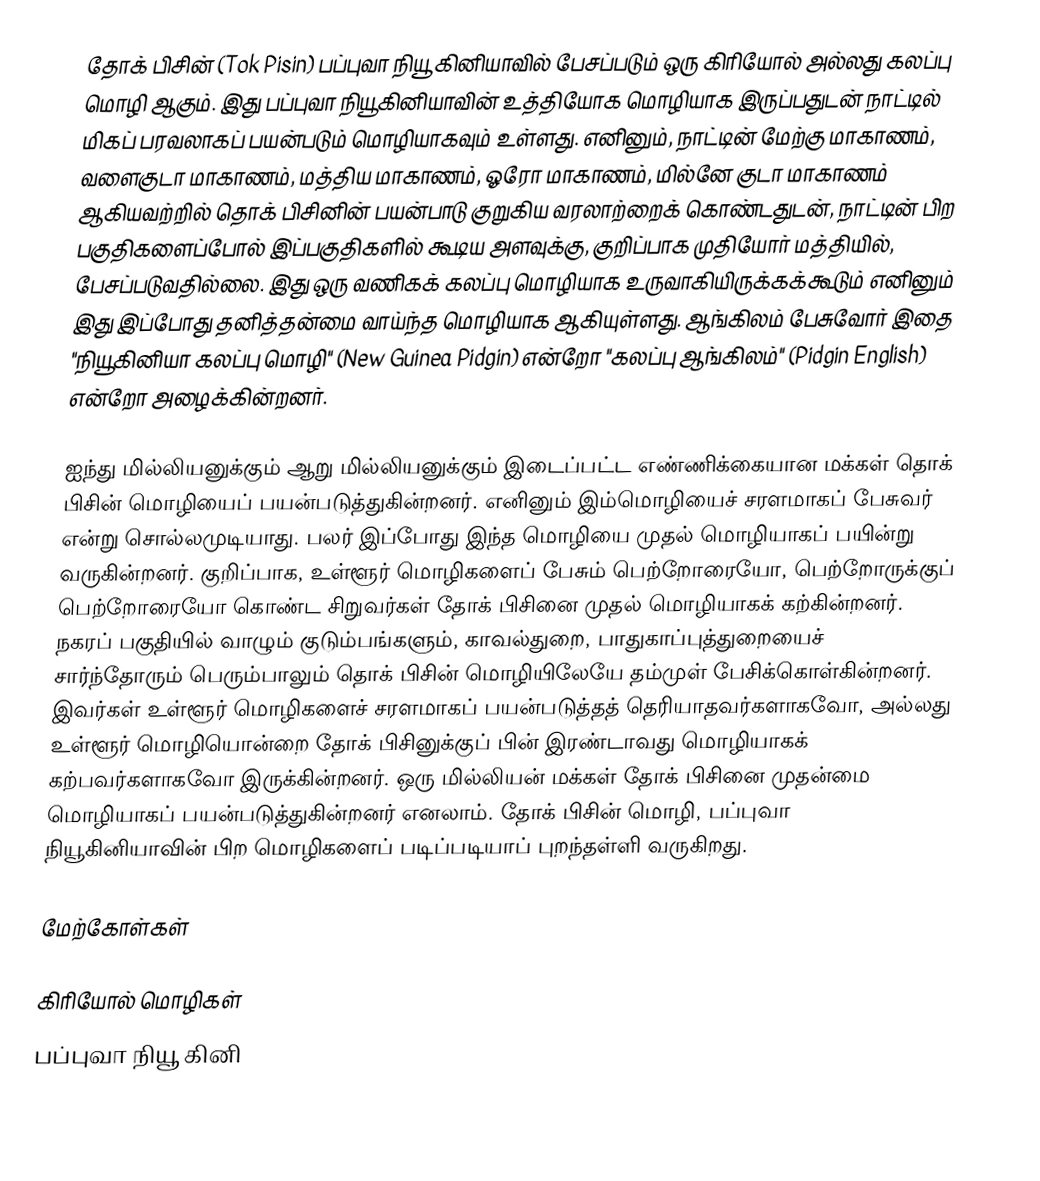
தோக் பிசின் (Tok Pisin) பப்புவா நியூ கினியாவில் பேசப்படும் ஒரு கிரியோல் அல்லது கலப்பு மொழி ஆகும். இது பப்புவா நியூகினியாவின் உத்தியோக மொழியாக இருப்பதுடன் நாட்டில் மிகப் பரவலாகப் பயன்படும் மொழியாகவும் உள்ளது. எனினும், நாட்டின் மேற்கு மாகாணம், வளைகுடா மாகாணம், மத்திய மாகாணம், ஓரோ மாகாணம், மில்னே குடா மாகாணம் ஆகியவற்றில் தொக் பிசினின் பயன்பாடு குறுகிய வரலாற்றைக் கொண்டதுடன், நாட்டின் பிற பகுதிகளைப்போல் இப்பகுதிகளில் கூடிய அளவுக்கு, குறிப்பாக முதியோர் மத்தியில், பேசப்படுவதில்லை. இது ஒரு வணிகக் கலப்பு மொழியாக உருவாகியிருக்கக்கூடும் எனினும் இது இப்போது தனித்தன்மை வாய்ந்த மொழியாக ஆகியுள்ளது. ஆங்கிலம் பேசுவோர் இதை "நியூகினியா கலப்பு மொழி" (New Guinea Pidgin) என்றோ "கலப்பு ஆங்கிலம்" (Pidgin English) என்றோ அழைக்கின்றனர்.

ஐந்து மில்லியனுக்கும் ஆறு மில்லியனுக்கும் இடைப்பட்ட எண்ணிக்கையான மக்கள் தொக் பிசின் மொழியைப் பயன்படுத்துகின்றனர். எனினும் இம்மொழியைச் சரளமாகப் பேசுவர் என்று சொல்லமுடியாது. பலர் இப்போது இந்த மொழியை முதல் மொழியாகப் பயின்று வருகின்றனர். குறிப்பாக, உள்ளூர் மொழிகளைப் பேசும் பெற்றோரையோ, பெற்றோருக்குப் பெற்றோரையோ கொண்ட சிறுவர்கள் தோக் பிசினை முதல் மொழியாகக் கற்கின்றனர். நகரப் பகுதியில் வாழும் குடும்பங்களும், காவல்துறை, பாதுகாப்புத்துறையைச் சார்ந்தோரும் பெரும்பாலும் தொக் பிசின் மொழியிலேயே தம்முள் பேசிக்கொள்கின்றனர். இவர்கள் உள்ளூர் மொழிகளைச் சரளமாகப் பயன்படுத்தத் தெரியாதவர்களாகவோ, அல்லது உள்ளூர் மொழியொன்றை தோக் பிசினுக்குப் பின் இரண்டாவது மொழியாகக் கற்பவர்களாகவோ இருக்கின்றனர். ஒரு மில்லியன் மக்கள் தோக் பிசினை முதன்மை மொழியாகப் பயன்படுத்துகின்றனர் எனலாம். தோக் பிசின் மொழி, பப்புவா நியூகினியாவின் பிற மொழிகளைப் படிப்படியாப் புறந்தள்ளி வருகிறது.

மேற்கோள்கள்

கிரியோல் மொழிகள்
பப்புவா நியூ கினி